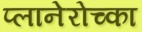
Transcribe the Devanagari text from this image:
प्लानेरोच्का